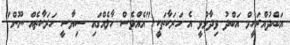
އަބްދުއްރަހީމް އަބްދު ވިދާޅުވީ އެ ހަރަކާތަކީ "އެއްވެސް ހާލެއްގައި ސިޔާސީ ހަރަކާތެއް ނޫން"